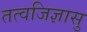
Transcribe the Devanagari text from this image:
तत्वजिज्ञासु